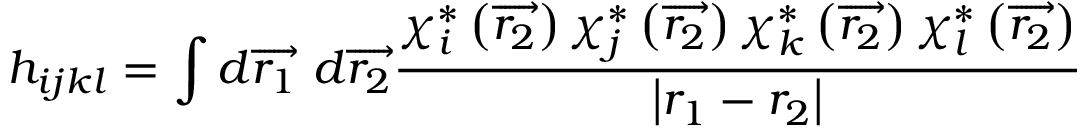
h _ { i j k l } = \int d \overrightarrow { r _ { 1 } } \ d \overrightarrow { r _ { 2 } } \frac { \chi _ { i } ^ { * } \left( \overrightarrow { r _ { 2 } } \right) \chi _ { j } ^ { * } \left( \overrightarrow { r _ { 2 } } \right) \chi _ { k } ^ { * } \left( \overrightarrow { r _ { 2 } } \right) \chi _ { l } ^ { * } \left( \overrightarrow { r _ { 2 } } \right) } { \left| r _ { 1 } - r _ { 2 } \right| }